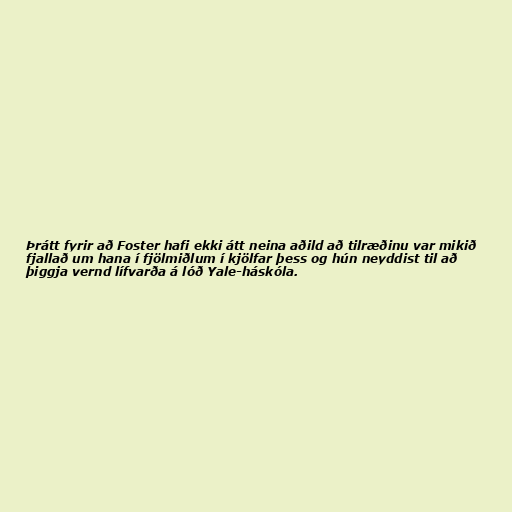
Þrátt fyrir að Foster hafi ekki átt neina aðild að tilræðinu var mikið
fjallað um hana í fjölmiðlum í kjölfar þess og hún neyddist til að
þiggja vernd lífvarða á lóð Yale-háskóla.